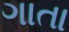
ગાતા